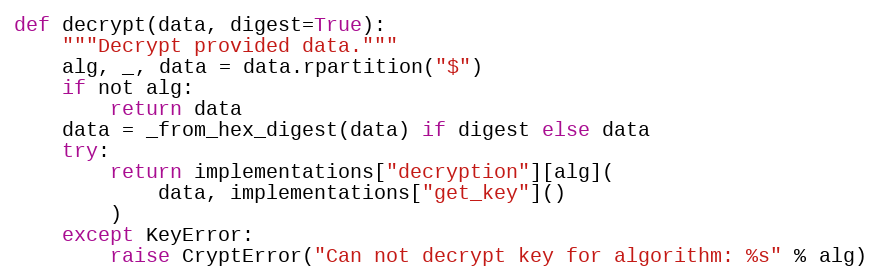
Language: Python
def decrypt(data, digest=True):
    """Decrypt provided data."""
    alg, _, data = data.rpartition("$")
    if not alg:
        return data
    data = _from_hex_digest(data) if digest else data
    try:
        return implementations["decryption"][alg](
            data, implementations["get_key"]()
        )
    except KeyError:
        raise CryptError("Can not decrypt key for algorithm: %s" % alg)